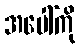
အပေါ်ကို